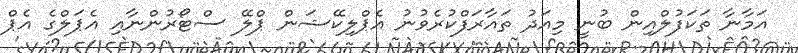
އަމާނާ ތަކަފުލްއިން ބުނީ މިއަދު ތައާރަފްކުރެވުނު އެޕްލިކޭޝަން ޕްލޭ ސްޓޯރުންނާއި އެޕަލްގެ އެޕް